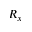
R _ { x }